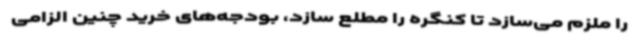
را ملزم می‌سازد تا کنگره را مطلع سازد، بودجه‌های خرید چنین الزامی